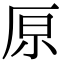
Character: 𠩤